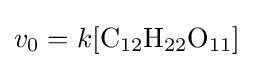
v_{0}=k[{\ce {C12H22O11}}]